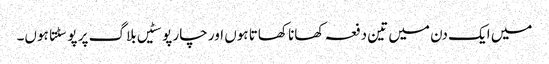
میں ایک دن میں تین دفعہ کھانا کھاتا ہوں اور چار پوسٹیں بلاگ پر پوسٹتا ہوں۔